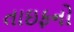
તાઇફનો